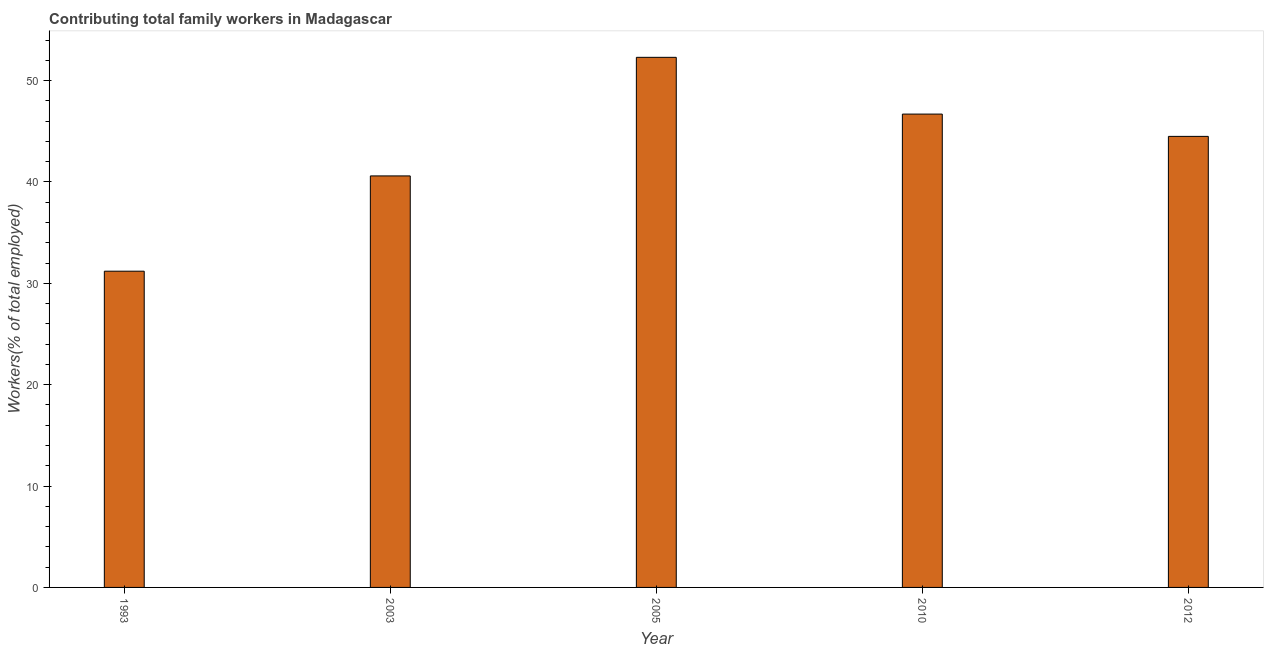
| Year | Contributing family workers |
 | --- | --- |
 | 1993 | 31.2 |
 | 2003 | 40.6 |
 | 2005 | 52.3 |
 | 2010 | 46.7 |
 | 2012 | 44.5 |